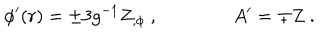
LaTeX: \phi ^ { \prime } ( r ) = \pm 3 g ^ { - 1 } Z _ { , \phi } \ , \qquad \qquad A ^ { \prime } = \mp Z \ .